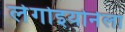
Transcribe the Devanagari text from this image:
लेगोइयोनेला